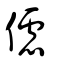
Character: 儢